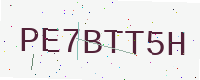
Text: PE7BTT5H